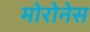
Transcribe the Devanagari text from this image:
मोरोनेस